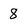
Character: 8